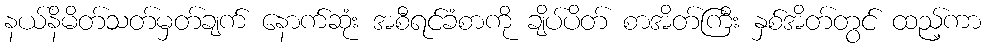
နယ်နိမိတ်သတ်မှတ်ချက် နောက်ဆုံး အစီရင်ခံစာကို ချိပ်ပိတ် စာအိတ်ကြီး နှစ်အိတ်တွင် ထည့်ကာ